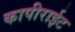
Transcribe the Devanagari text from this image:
कापीराईट